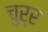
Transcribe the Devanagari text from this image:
चुर्र